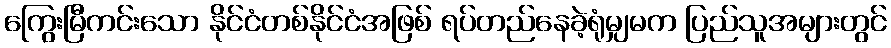
ကြွေးမြီကင်းသော နိုင်ငံတစ်နိုင်ငံအဖြစ် ရပ်တည်နေခဲ့ရုံမျှမက ပြည်သူအများတွင်